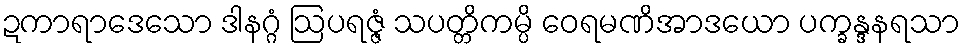
ဍကာရာဒေသော ဒါနဂ္ဂံ ဩပရဇ္ဇံ သပတ္တိကမ္ပိ ဝေရမဏိအာဒယော ပက္ခန္ဒနရသာ